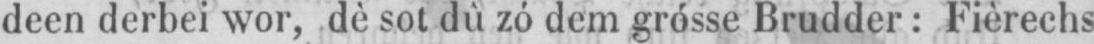
deen derbei wor, dè sot dû zó dem grósse Brudder: Fièrechs